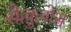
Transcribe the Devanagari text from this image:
सैल्लुलोस